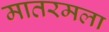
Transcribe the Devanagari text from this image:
मातरमला